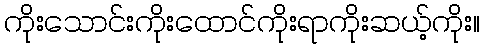
ကိုးသောင်းကိုးထောင်ကိုးရာကိုးဆယ့်ကိုး။